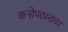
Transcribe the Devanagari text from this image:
कऱ्हेपठारावर